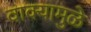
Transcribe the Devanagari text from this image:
वाक्यामुळे